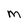
Character: M